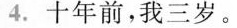
4.十年前,我三岁。